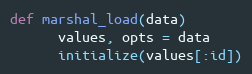
Language: Ruby
def marshal_load(data)
      values, opts = data
      initialize(values[:id])